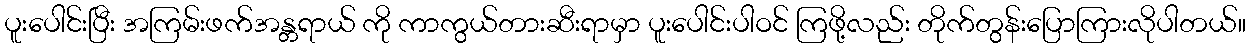
ပူးပေါင်းပြီး အကြမ်းဖက်အန္တရာယ် ကို ကာကွယ်တားဆီးရာမှာ ပူးပေါင်းပါဝင် ကြဖို့လည်း တိုက်တွန်းပြောကြားလိုပါတယ်။